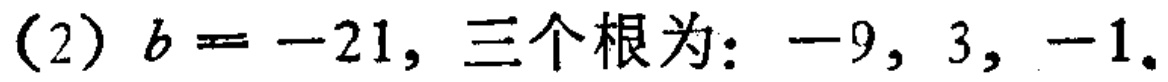
(2) \(b = -21\), 三个根为: \(-9, 3, -1\).